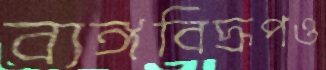
ব্যঙ্গবিদ্রূপও